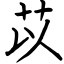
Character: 苡